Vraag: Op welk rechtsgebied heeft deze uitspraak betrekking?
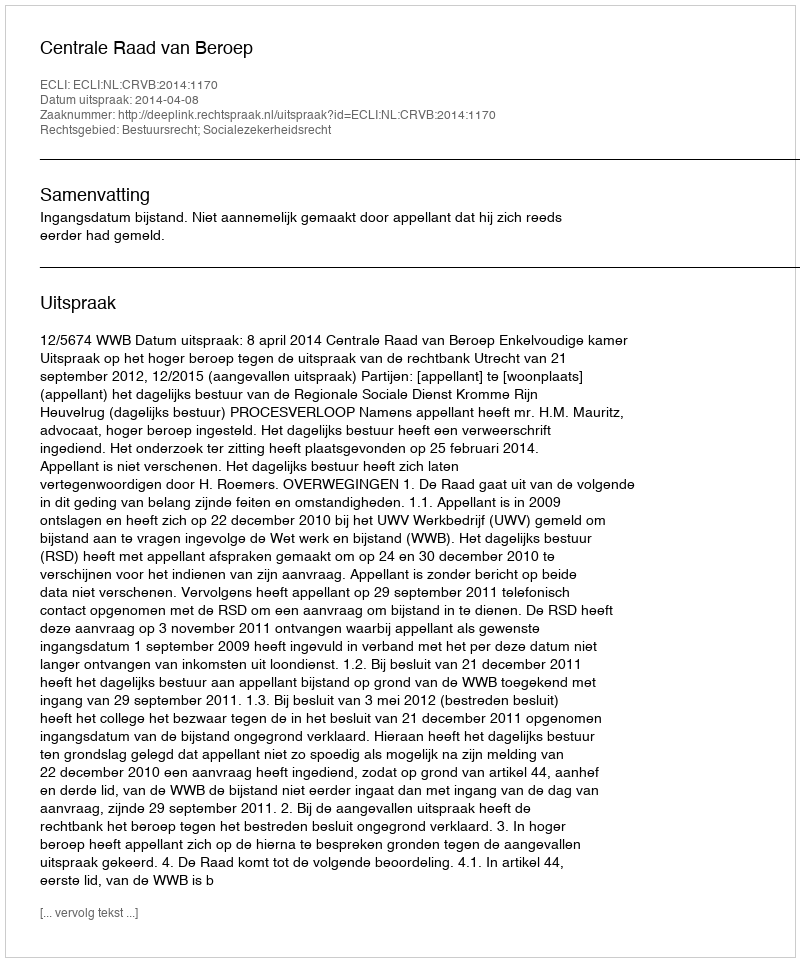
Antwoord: Bestuursrecht; Socialezekerheidsrecht